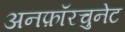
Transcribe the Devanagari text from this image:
अनफ़ॉरचुनेट